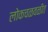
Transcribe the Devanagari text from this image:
लोकचळवळीत